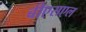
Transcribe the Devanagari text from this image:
बीएसएल